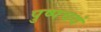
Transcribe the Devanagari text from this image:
पुष्पचयं